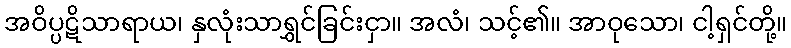
အဝိပ္ပဋိသာရာယ၊ နှလုံးသာရွှင်ခြင်းငှာ။ အလံ၊ သင့်၏။ အာဝုသော၊ ငါ့ရှင်တို့။